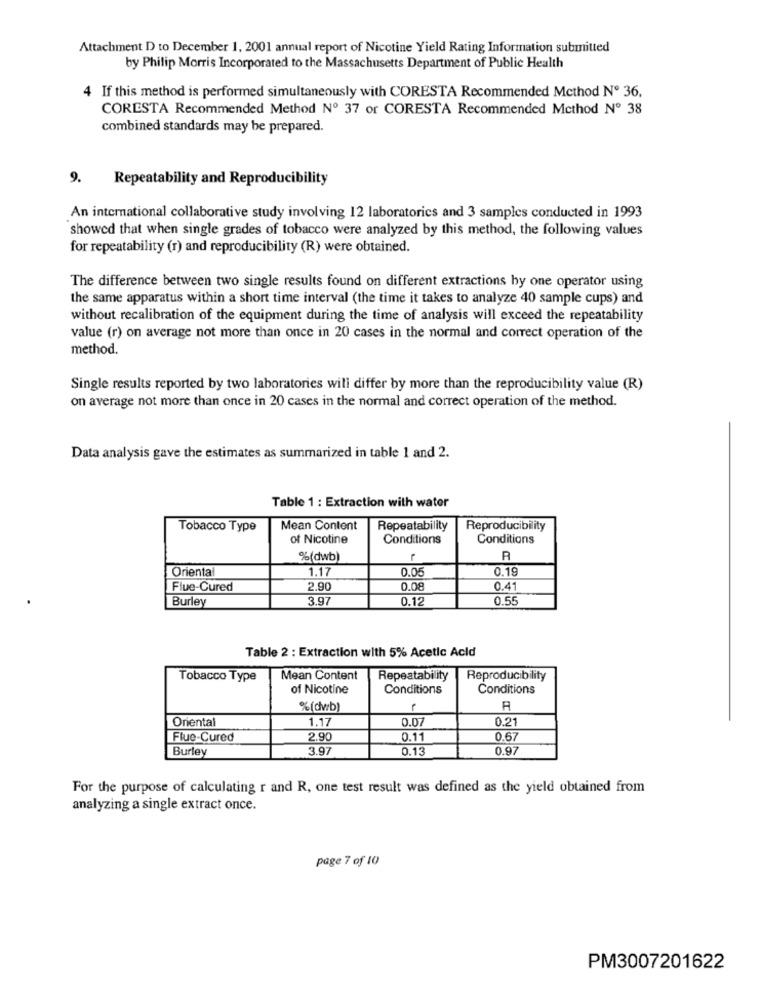
Attachment D to December 1, 2001 annual report of Nicotine Yield Rating Information submitted
by Philip Morris Incorporated to the Massachusetts Department of Public Health
4 If this method is performed simultaneously with CORESTA Recommended Method Nº 36,
CORESTA Recommended Method Nº 37 or CORESTA Recommended Method Nº 38
combined standards may be prepared.
9.
Repeatability and Reproducibility
An international collaborative study involving 12 laboratories and 3 samples conducted in 1993
showed that when single grades of tobacco were analyzed by this method, the following values
for repeatability (r) and reproducibility (R) were obtained.
The difference between two single results found on different extractions by one operator using
the same apparatus within a short time interval (the time it takes to analyze 40 sample cups) and
without recalibration of the equipment during the time of analysis will exceed the repeatability
value (r) on average not more than once in 20 cases in the normal and correct operation of the
method.
Single results reported by two laboratories will differ by more than the reproducibility value (R)
on average not more than once in 20 cases in the normal and correct operation of the method.
Data analysis gave the estimates as summarized in table 1 and 2.
Table 1 : Extraction with water
Tobacco Type
Mean Content
Repeatability
Reproducibility
of Nicotine
Conditions
Conditions
%(dwb)
R
Orienta
1.17
0.05
0.19
Flue-Cured
2.90
0.08
0.41
Burley
3.97
0.12
0.55
Table 2 : Extraction with 5% Acetic Acid
Tobacco Type
Mean Content
Repeatability
Reproducibility
of Nicotine
Conditions
Conditions
%(dvrb)
Oriental
1.17
0.07
0.21
Flue-Cured
2.90
0.1
0.67
Burley
3.97
0.13
0.97
For the purpose of calculating r and R, one test result was defined as the yield obtained from
analyzing a single extract once.
page 7 of 10
PM3007201622